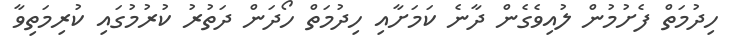
ހިދުމަތް ފެށުމުން ލުއިވެގެން ދާނެ ކަމަށާއި ހިދުމަތް ހޯދަން ދަތުރު ކުރުމުގައި ކުރިމަތިވާ